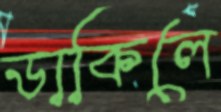
ডাকিলে